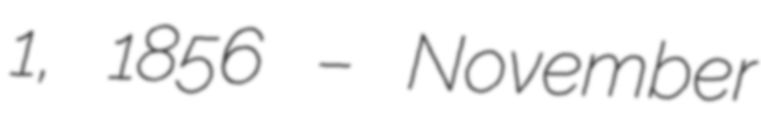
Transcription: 1, 1856 – November